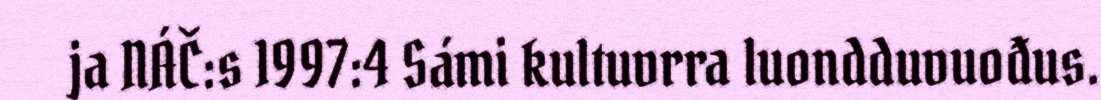
ja NÁČ:s 1997:4 Sámi kultuvrra luondduvuođus.